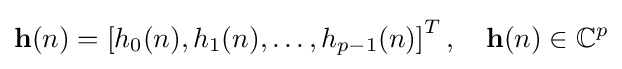
\mathbf {h} (n)=\left[h_{0}(n),h_{1}(n),\dots ,h_{p-1}(n)\right]^{T},\quad \mathbf {h} (n)\in \mathbb {C} ^{p}